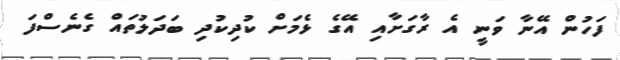
ފަހުން އޭނާ ވަނީ އެ ރާގަށާއި އޭގެ ޅެމަށް ކުދިކުދި ބަދަލުތައް ގެނެސްފަ